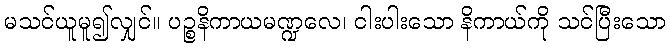
မသင်ယူမူ၍လျှင်။ ပဉ္စနိကာယမဏ္ဍလေ၊ ငါးပါးသော နိကာယ်ကို သင်ပြီးသော